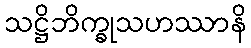
သဋ္ဌိဘိက္ခုသဟဿာနိ